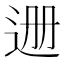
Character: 𬨡